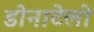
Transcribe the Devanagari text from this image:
डोनाटेलो